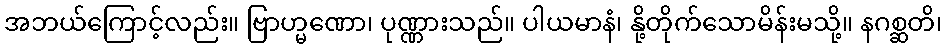
အဘယ်ကြောင့်လည်း။ ဗြာဟ္မဏော၊ ပုဏ္ဏားသည်။ ပါယမာနံ၊ နို့တိုက်သောမိန်းမသို့။ နဂစ္ဆတိ၊